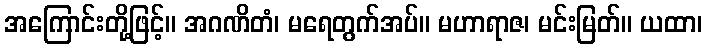
အကြောင်းတို့ဖြင့်။ အဂဏိတံ၊ မရေတွက်အပ်။ မဟာရာဇ၊ မင်းမြတ်။ ယထာ၊